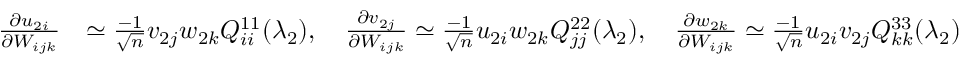
\begin{array} { r l } { \frac { \partial u _ { 2 i } } { \partial W _ { i j k } } } & { \simeq \frac { - 1 } { \sqrt n } v _ { 2 j } w _ { 2 k } Q _ { i i } ^ { 1 1 } ( \lambda _ { 2 } ) , \quad \frac { \partial v _ { 2 j } } { \partial W _ { i j k } } \simeq \frac { - 1 } { \sqrt n } u _ { 2 i } w _ { 2 k } Q _ { j j } ^ { 2 2 } ( \lambda _ { 2 } ) , \quad \frac { \partial w _ { 2 k } } { \partial W _ { i j k } } \simeq \frac { - 1 } { \sqrt n } u _ { 2 i } v _ { 2 j } Q _ { k k } ^ { 3 3 } ( \lambda _ { 2 } ) } \end{array}